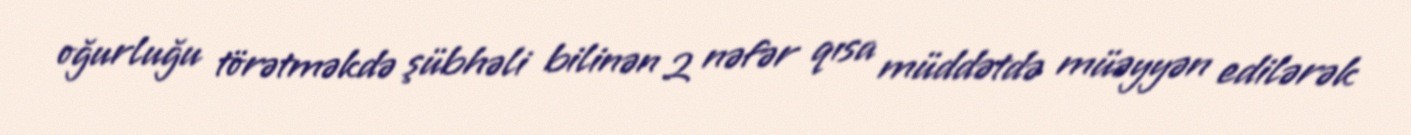
oğurluğu törətməkdə şübhəli bilinən 2 nəfər qısa müddətdə müəyyən edilərək